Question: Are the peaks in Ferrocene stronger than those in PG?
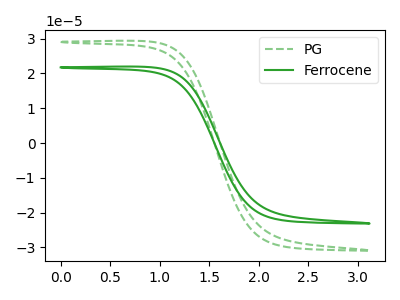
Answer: <think>The green dashed curve "PG" has no peaks. The green curve "Ferrocene" has no peaks.</think>
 <answer>Niether CV has any peaks.</answer>
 <eval>blanks</eval>